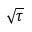
\sqrt { \tau }